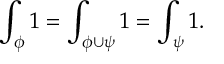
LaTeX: \int _ { \phi } 1 = \int _ { \phi \cup \psi } 1 = \int _ { \psi } 1 .